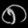
Digit: ၈